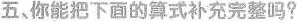
五、你能把下面的算式补充完整吗?